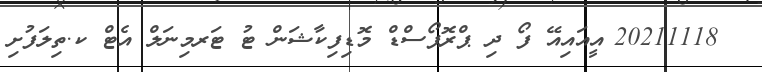
_ 20211118_އީއައިއޭ ފޯ ދި ޕްރޮޕޯސްޑް މޮޑިފިކާޝަން ޓު ޓަރމިނަލް އެޓް ކ.ތިލަފުށި